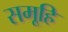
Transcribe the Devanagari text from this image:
समूहि